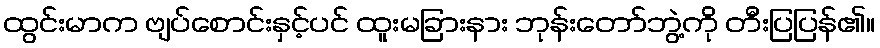
ထွင်းမာက ဗျပ်စောင်းနှင့်ပင် ထူးမခြားနား ဘုန်းတော်ဘွဲ့ကို တီးပြပြန်၏။